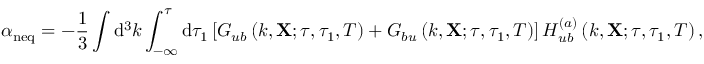
\alpha _ { \mathrm { n e q } } = - \frac { 1 } { 3 } \int \mathrm { d } ^ { 3 } k \int _ { - \infty } ^ { \tau } \mathrm { d } \tau _ { 1 } \left[ G _ { u b } \left( k , \mathbf { X } ; \tau , \tau _ { 1 } , T \right) + G _ { b u } \left( k , \mathbf { X } ; \tau , \tau _ { 1 } , T \right) \right] H _ { u b } ^ { ( a ) } \left( k , \mathbf { X } ; \tau , \tau _ { 1 } , T \right) ,